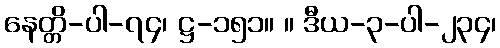
နေတ္တိ-ပါ-၇၄၊ ဋ္ဌ-၁၅၁။ ။ ဒီယ-၃-ပါ-၂၃၄၊